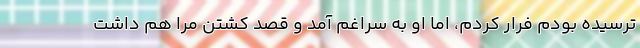
ترسیده بودم فرار کردم، اما او به سراغم آمد و قصد کشتن مرا هم داشت